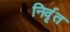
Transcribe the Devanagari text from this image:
निर्वृत